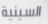
السينية